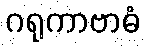
ဂရုကာဗာဓံ